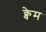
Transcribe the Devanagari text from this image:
क्वेम